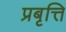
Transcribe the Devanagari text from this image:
प्रबृत्ति